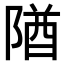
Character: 𨺧